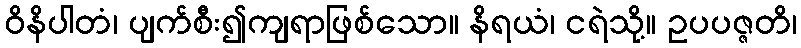
ဝိနိပါတံ၊ ပျက်စီး၍ကျရာဖြစ်သော။ နိရယံ၊ ငရဲသို့။ ဥပပဇ္ဇတိ၊